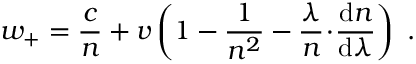
w _ { + } = { \frac { c } { n } } + v \left( 1 - { \frac { 1 } { n ^ { 2 } } } - { \frac { \lambda } { n } } \! \cdot \! { \frac { \mathrm { d } n } { \mathrm { d } \lambda } } \right) \ .